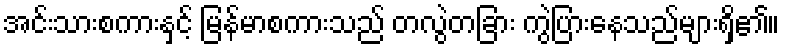
အင်းသားစကားနှင့် မြန်မာစကားသည် တလွဲတခြား ကွဲပြားနေသည်များရှိ၏။